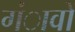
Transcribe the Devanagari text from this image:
गंावों